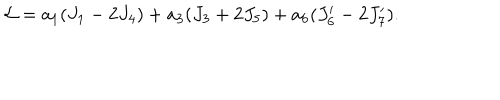
{ \cal L } = a _ { 1 } ( J _ { 1 } - 2 J _ { 4 } ) + a _ { 3 } ( J _ { 3 } + 2 J _ { 5 } ) + a _ { 6 } ( J _ { 6 } ^ { \prime } - 2 J _ { 7 } ^ { \prime } ) .